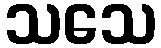
သသေ